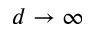
d \rightarrow \infty